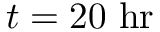
t = 2 0 \ \mathrm { h r }